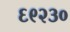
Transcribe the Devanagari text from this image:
६९२३०